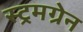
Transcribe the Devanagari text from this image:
स्ट्रमग्रेन